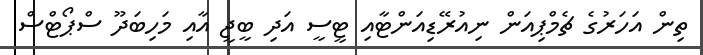
ތިން އަހަރުގެ ޗެމްޕިއަން ނިއުރޭޑިއަންޓާއި ޓީސީ އަދި ބީޖީ އާއި މަހިބަދޫ ސްޕޯޓްސް